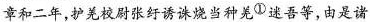
章和二年，护羌校尉张好纡诱诛烧当种羌^{①}迷吾等，由是诸